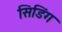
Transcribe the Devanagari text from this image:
सिडिंग